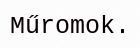
Műromok.